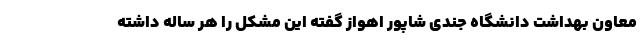
معاون بهداشت دانشگاه جندی شاپور اهواز گفته این مشکل را هر ساله داشته